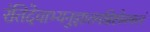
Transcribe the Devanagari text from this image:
रंतिदेवाभ्यनुज्ञातमग्निष्टोमफलं